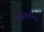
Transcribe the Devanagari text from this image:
तत्सृष्टिर्नान्यथा